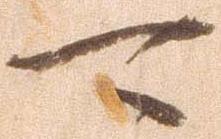
可